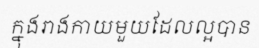
ក្នុងរាងកាយមួយដែលល្អបាន